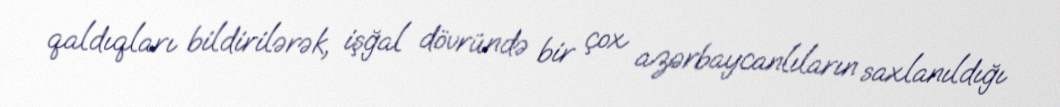
qaldıqları bildirilərək, işğal dövründə bir çox azərbaycanlıların saxlanıldığı